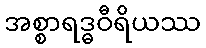
အစ္စာရဒ္ဓဝီရိယဿ